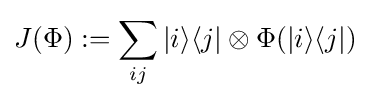
J(\Phi ):=\sum _{ij}|i\rangle \langle j|\otimes \Phi (|i\rangle \langle j|)